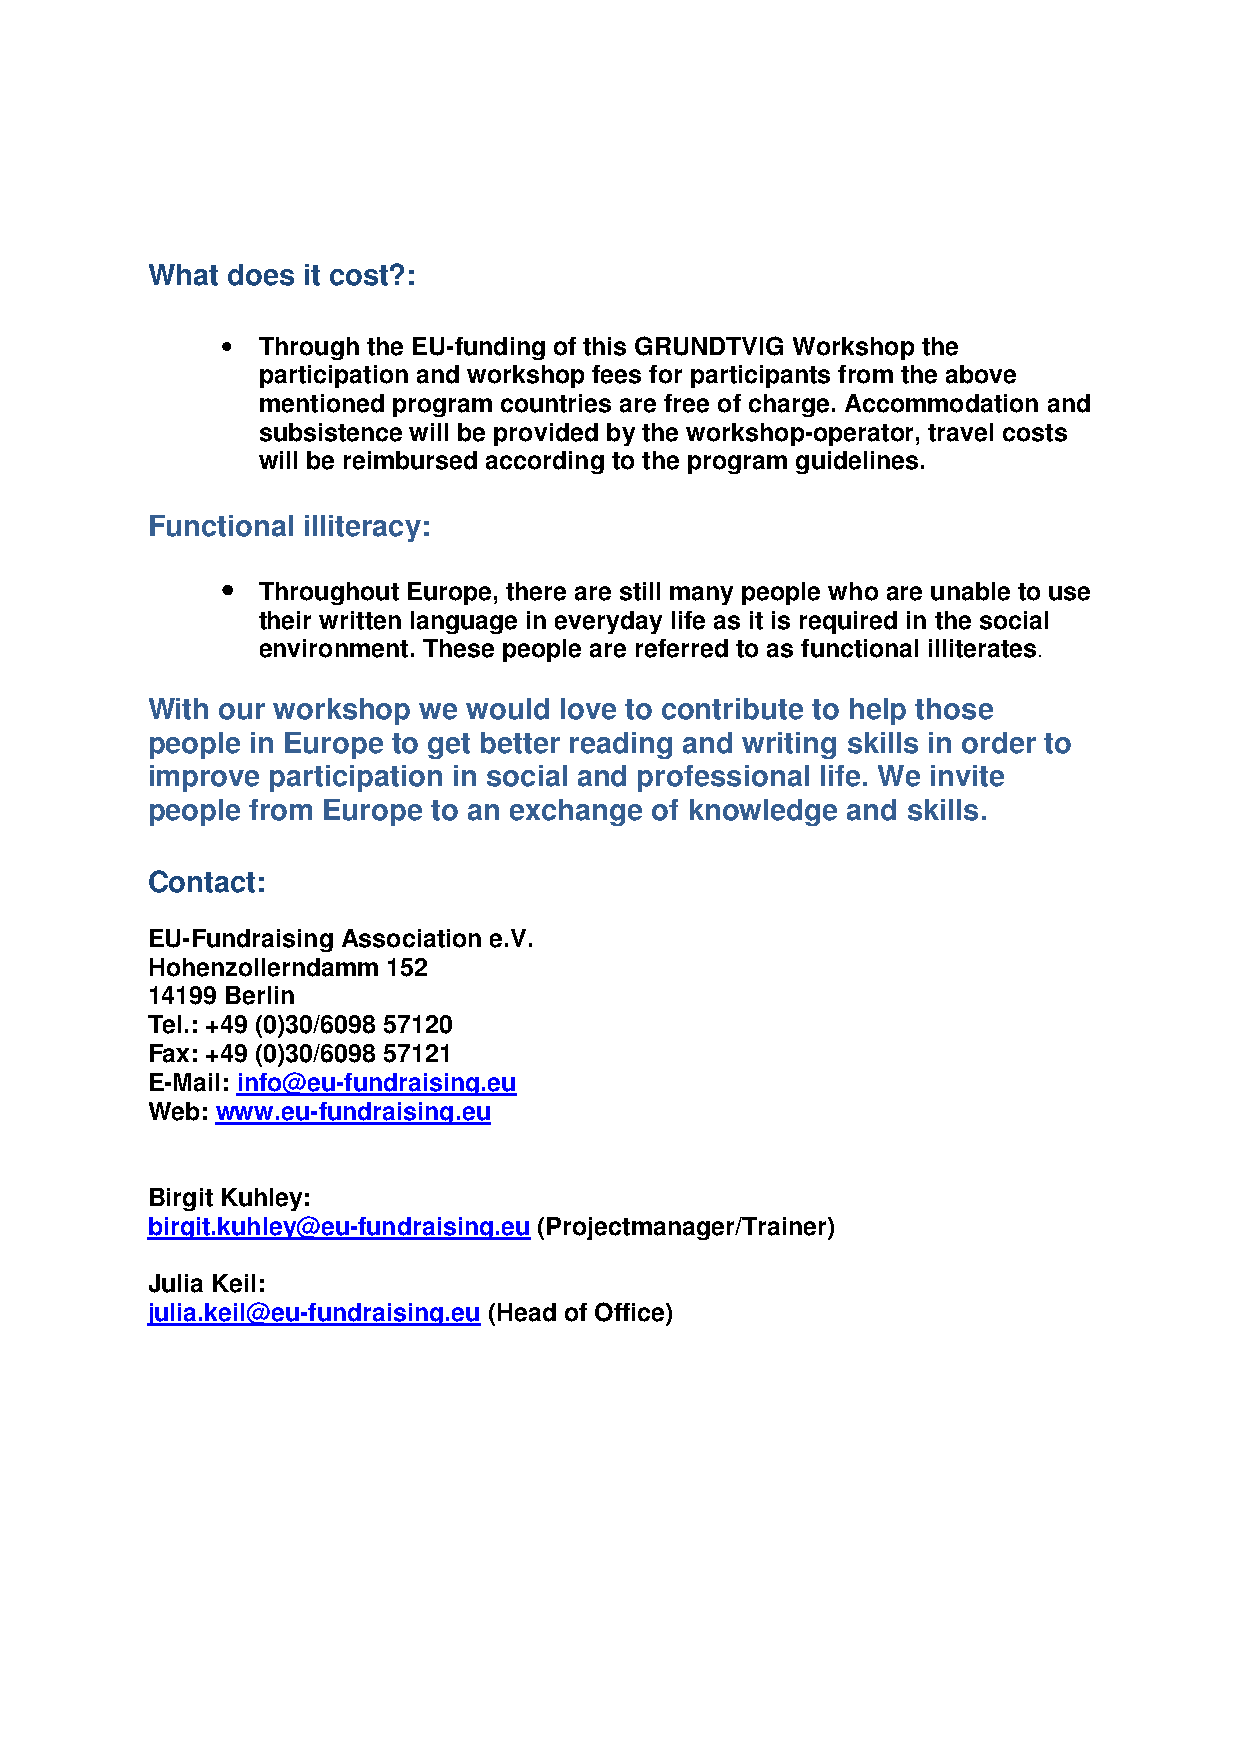
What does it cost?:
 • Through the EU-funding of this GRUNDTVIG Workshop the
 participation and workshop fees for participants from the above
 mentioned program countries are free of charge. Accommodation and
 subsistence will be provided by the workshop-operator, travel costs
 will be reimbursed according to the program guidelines.
 Functional illiteracy:
 •
 Throughout Europe, there are still many people who are unable to use
 their written language in everyday life as it is required in the social
 environment. These people are referred to as functional illiterates.
 With our workshop we would love to contribute to help those
 people in Europe to get better reading and writing skills in order to
 improve participation in social and professional life. We invite
 people from Europe to an exchange of knowledge and skills.
 Contact:
 EU-Fundraising Association e.V.
 Hohenzollerndamm 152
 14199 Berlin
 Tel.: +49 (0)30/6098 57120
 Fax: +49 (0)30/6098 57121
 E-Mail: info@eu-fundraising.eu
 Web: www.eu-fundraising.eu
 Birgit Kuhley:
 birgit.kuhley@eu-fundraising.eu (Projectmanager/Trainer)
 Julia Keil:
 julia.keil@eu-fundraising.eu (Head of Office)